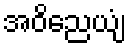
အဝိညေယျံ